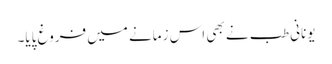
یونانی طب نے بھی اس زمانے میں فروغ پایا۔